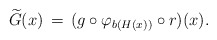
\begin{align*}\widetilde G(x) \,=\, (g \circ \varphi_{b(H(x))} \circ r)(x).\end{align*}